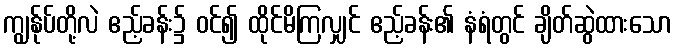
ကျွန်ုပ်တို့လဲ ဧည့်ခန်း၌ ဝင်၍ ထိုင်မိကြလျှင် ဧည့်ခန်း၏ နံရံတွင် ချိတ်ဆွဲထားသော